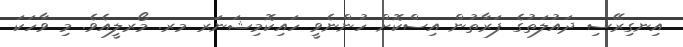
އިނގިރޭސި ދައުލަތުގެ ފަރާތުން އިސްކޮށް ހުންނެވީ ހައިކޮމިޝަނަރ މރ. މޯރލީއެވެ. މި ވާހަކަ